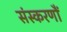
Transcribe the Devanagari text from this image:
संस्करणौं